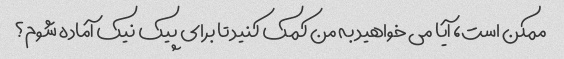
ممکن است، آیا می خواهید به من کمک کنید تا برای پیک نیک آماده شوم؟